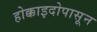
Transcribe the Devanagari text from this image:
होक्काइदोपासून